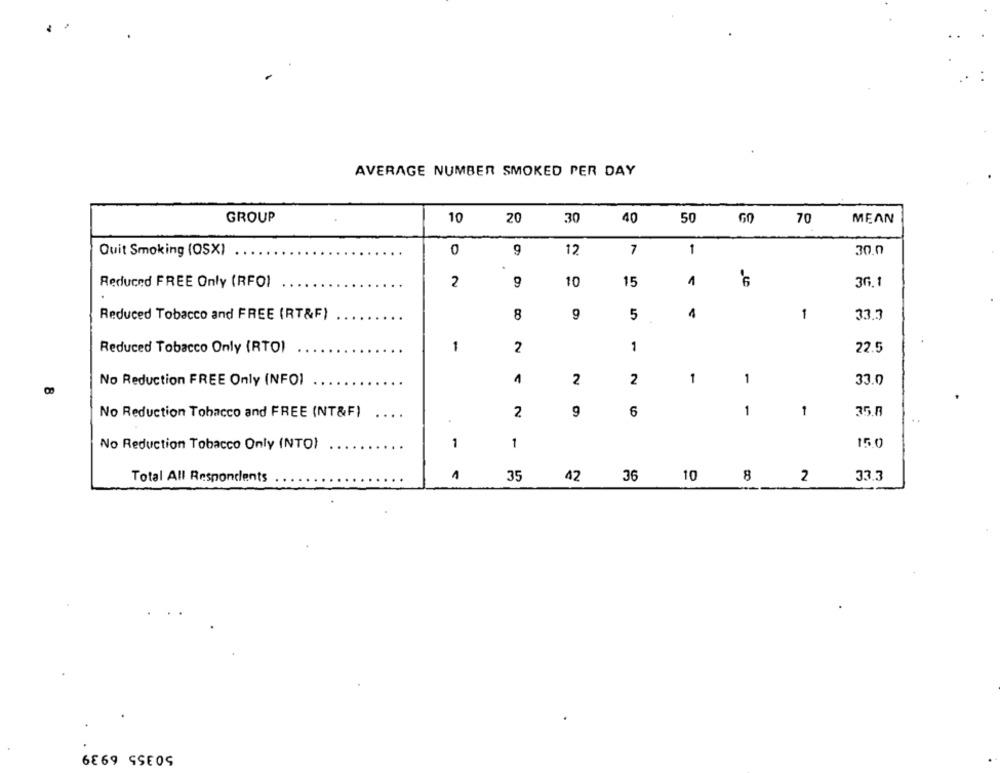
AVERAGE NUMBER SMOKED PER DAY
GROUP
10
20
30
40
50
60
70
MEAN
Quit Smoking (OSX)
0
9
12
7
1
30.0
Reduced FREE Only (RFOI
2
9
10
15
1
36.1
Reduced Tobacco and FREE (RT&F)
8
9
5
1
33.3
1
2
1
22.5
Reduced Tobacco Only (RTO)
1
2
1
1
No Reduction FREE Only (NFOI
2
33.0
1
No Reduction Tobacco and FREE (NT&F)
...
2
9
6
1
35.8
.
No Reduction Tobacco Only (NTO)
1
1
150
Total All Respondents
1
35
42
36
10
8
2
33.3
6869 SSE0S